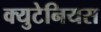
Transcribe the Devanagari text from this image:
क्युटेनियस